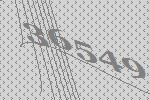
36549